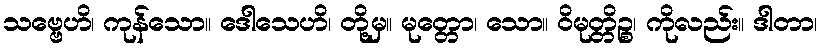
သဗ္ဗေဟိ၊ ကုန်သော။ ဒေါသေဟိ၊ တို့မှ။ မုတ္တော၊ သော။ ဝိမုတ္တိဉ္စ၊ ကိုလည်း။ ဒါတာ၊